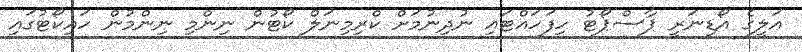
އަލީގެ އޯޑިނަރީ ޕާސްޕޯޓު ހިފަހައްޓައި ނުދިނުމަށް ކްރިމިނަލް ކޯޓުން ނިންމި ނިންމުން ހައިކޯޓުގައި